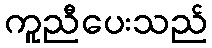
ကူညီပေးသည်